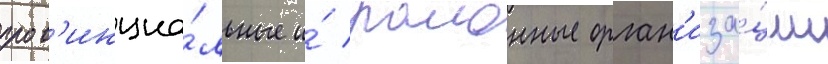
пров'инциа́льные и́ раионные орган'иза́ции